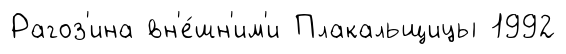
Рагоз'ина вн'е́шн'им'и Плакальщицы 1992